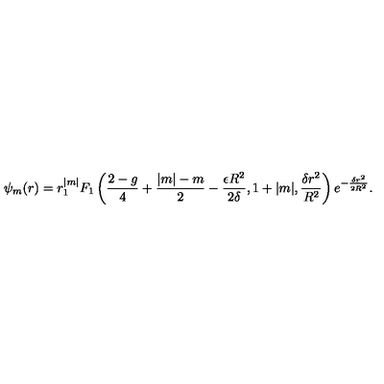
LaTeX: \psi _ { m } ( r ) = r ^ { | m | } _ { 1 } F _ { 1 } \left( { \frac { 2 - g } { 4 } } + { \frac { | m | - m } { 2 } } - { \frac { \epsilon R ^ { 2 } } { 2 \delta } } , 1 + | m | , { \frac { \delta r ^ { 2 } } { R ^ { 2 } } } \right) e ^ { - { \frac { \delta r ^ { 2 } } { 2 R ^ { 2 } } } } .